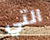
التي